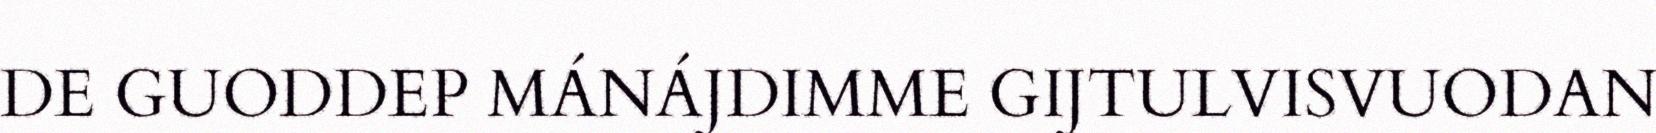
DE GUODDEP MÁNÁJDIMME GIJTULVISVUODAN